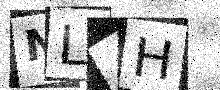
Text: NL4H